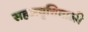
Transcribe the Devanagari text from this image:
सहजवृत्तिवाली